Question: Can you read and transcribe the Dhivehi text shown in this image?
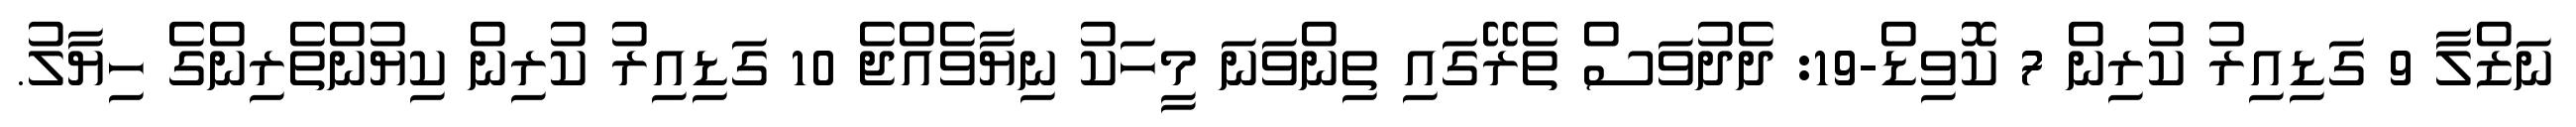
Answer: ނަޒްލާ 9 ގަޑިއިރު ކުރިން 7 ކޮވިޑް-19: ދެދުވަސް ތެރޭގައި ތިންވަނަ މީހަކު ނިޔާވެއްޖެ 10 ގަޑިއިރު ކުރިން ކިޔުންތެރިންގެ ހިޔާލު.